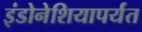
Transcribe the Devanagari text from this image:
इंडोनेशियापर्यंत